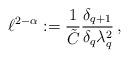
LaTeX: \begin{align*}\ell^{2-\alpha} := \frac{1}{\tilde C} \frac{\delta_{q+1}}{\delta_q \lambda_q^2}\, ,\end{align*}